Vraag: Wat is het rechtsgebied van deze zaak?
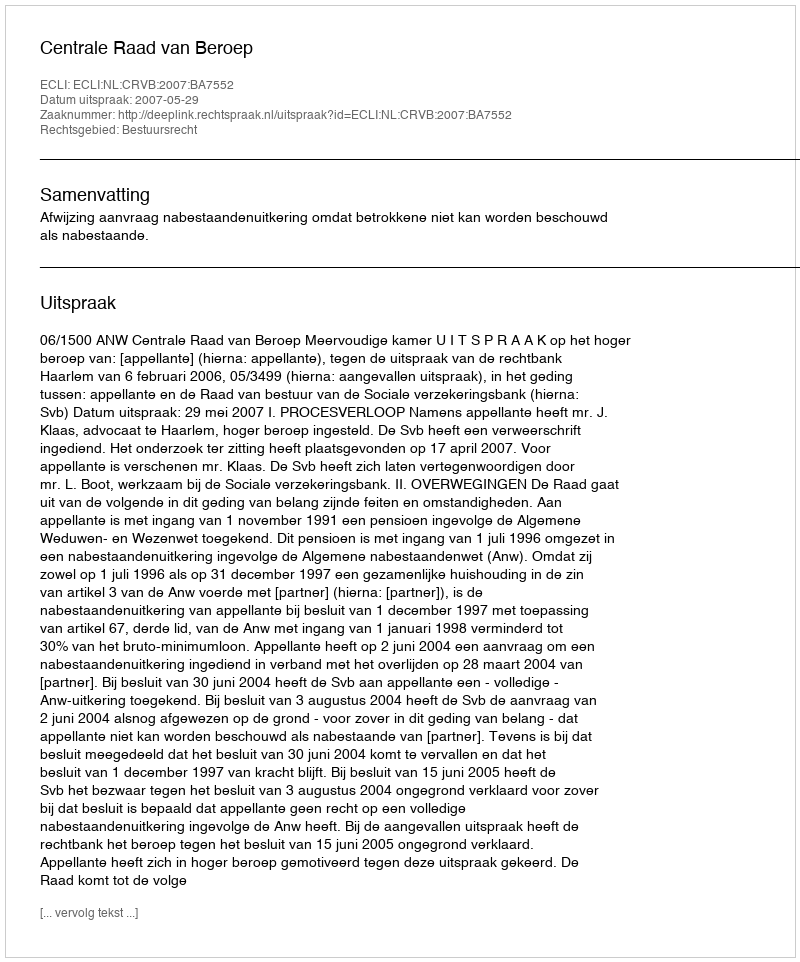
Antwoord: Bestuursrecht